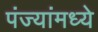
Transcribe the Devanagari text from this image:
पंज्यांमध्ये